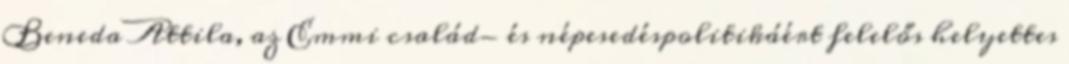
Beneda Attila, az Emmi család- és népesedéspolitikáért felelős helyettes